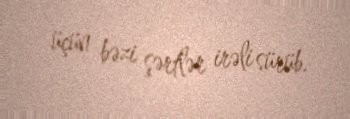
üçün bəzi şərtlər irəli sürüb.